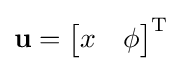
\mathbf {u} ={\begin{bmatrix}x&\phi \end{bmatrix}}^{\mathrm {T} }